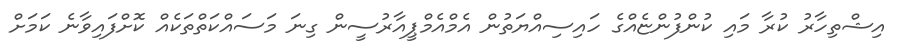
އިޝްތިހާރު ކުރާ މައި ކުންފުންޏެއްގެ ހައިސިއްޔަތުން އެމްއެމްޕީއާރުސީން ގިނަ މަސައްކަތްތަކެއް ކޮށްފައިވާނެ ކަމަށް